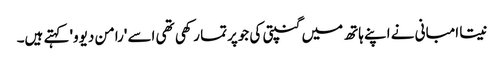
نیتا امبانی نے اپنے ہاتھ میں گنپتی کی جوپرتما رکھی تھی اسے 'رامن دیوو' کہتے ہیں۔